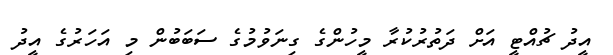
އީދު ޗުއްޓީ އަށް ދަތުރުކުރާ މީހުންގެ ގިނަވުމުގެ ސަބަބުން މި އަހަރުގެ އީދު